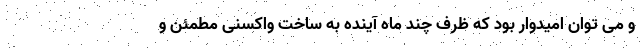
و می توان امیدوار بود که ظرف چند ماه آینده به ساخت واکسنی مطمئن و